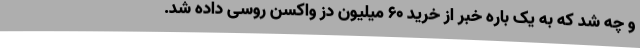
و چه شد که به یک باره خبر از خرید ۶۰ میلیون دز واکسن روسی داده شد.